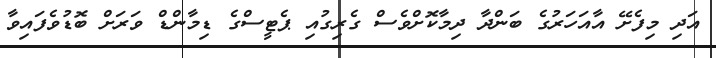
އަދި މިފެށޭ އާއަހަރުގެ ބަންދާ ދިމާކޮށްވެސް ގެރިގުއި ޕެޓީސްގެ ޑިމާންޑް ވަރަށް ބޮޑުވެފައިވާ